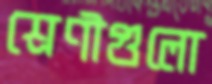
শ্রেণীগুলো